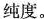
纯度。